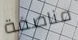
مناصفة